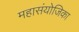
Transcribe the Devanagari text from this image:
महासंयोजिका